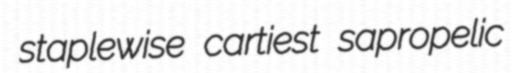
staplewise cartiest sapropelic